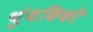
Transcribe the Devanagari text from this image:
चुंबकिकी